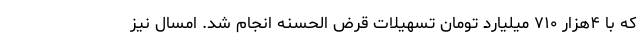
که با ۴هزار ۷۱۰ میلیارد تومان تسهیلات قرض الحسنه انجام شد. امسال نیز